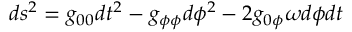
d s ^ { 2 } = g _ { 0 0 } d t ^ { 2 } - g _ { \phi \phi } d \phi ^ { 2 } - 2 g _ { 0 \phi } \omega d \phi d t